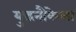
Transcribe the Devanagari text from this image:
युद्धनौकेला